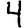
Digit: 4